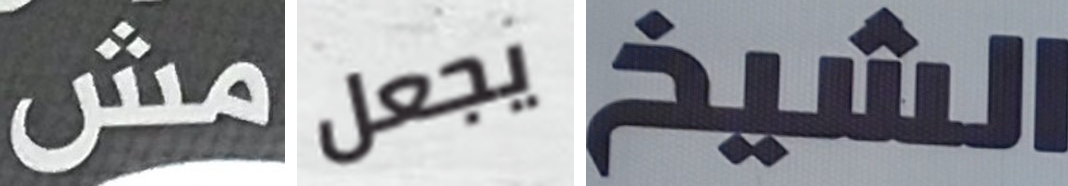
مش يجعل الشيخ